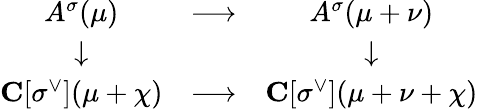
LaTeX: \begin{array}{ccc}{{A^{\sigma}(\mu)}}&{{\longrightarrow}}&{{A^{\sigma}(\mu+\nu)}}\\ {{\downarrow}}&{{\, }}&{{\downarrow}}\\ {{{\mathbf C}[\sigma^{\vee}](\mu+\chi)}}&{{\longrightarrow}}&{{{\mathbf C}[\sigma^{\vee}](\mu+\nu+\chi)}}\end{array}